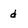
Character: d